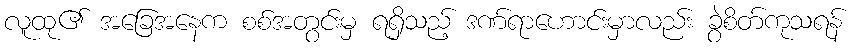
လူထု၏ အခြေအနေက စစ်အတွင်းမှ ရရှိသည့် ဒဏ်ရာဟောင်းမှာလည်း ခွဲစိတ်ကုသရန်